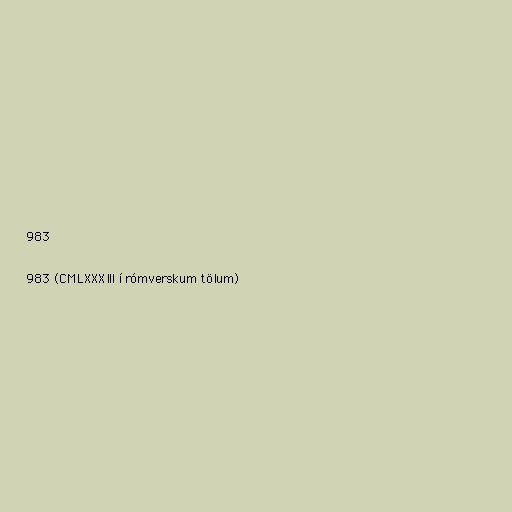
983

983 (CMLXXXIII í rómverskum tölum)